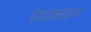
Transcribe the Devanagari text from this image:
पेंटाडेक्टाइला